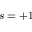
s = + 1